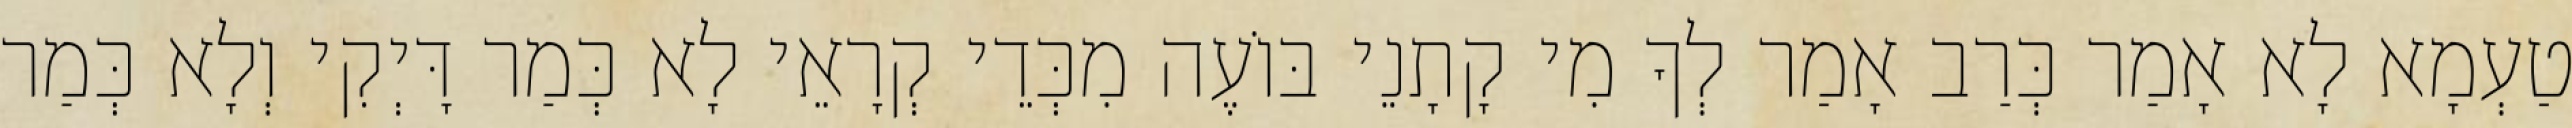
טַעְמָא לָא אָמַר כְּרַב אָמַר לְךָ מִי קָתָנֵי בּוֹעֶה מִכְּדֵי קְרָאֵי לָא כְּמַר דָּיְקִי וְלָא כְּמַר